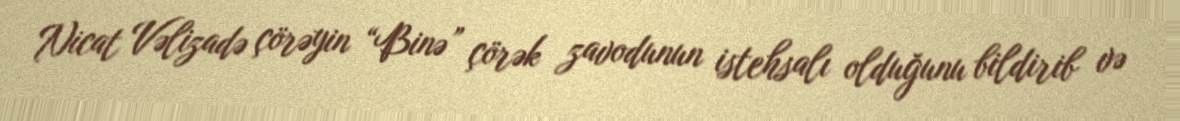
Nicat Vəlizadə çörəyin “Binə” çörək zavodunun istehsalı olduğunu bildirib və